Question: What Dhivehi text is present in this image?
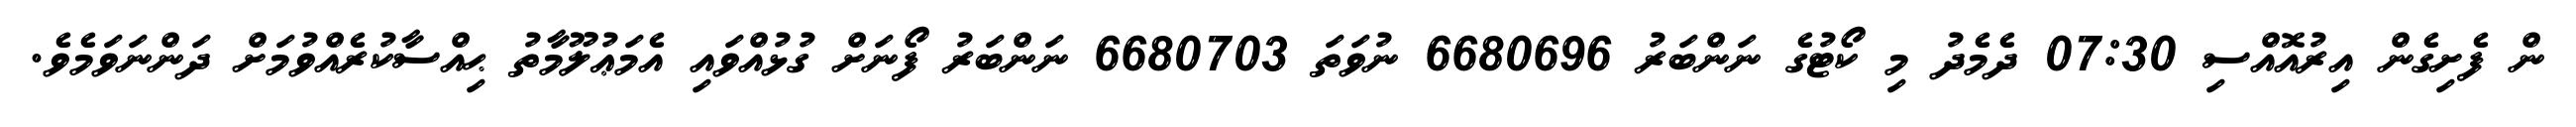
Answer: ން ފެށިގެން އިރުއޮއްސި 07:30 ދެމެދު މި ކޯޓުގެ ނަންބަރު 6680696 ނުވަތަ 6680703 ނަންބަރު ފޯނަށް ގުޅުއްވައި އެމަޢުލޫމާތު ޙިއްސާކުރެއްވުމަށް ދަންނަވަމެވެ.